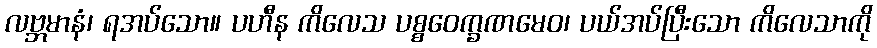
လဗ္ဘမာနံ၊ ရအပ်သော။ ပဟီန ကိလေသ ပစ္စဝေက္ခဏမေဝ၊ ပယ်အပ်ပြီးသော ကိလေသာကို